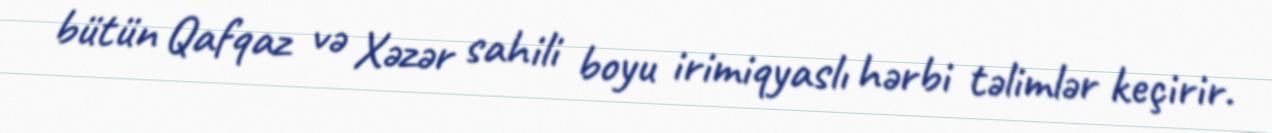
bütün Qafqaz və Xəzər sahili boyu irimiqyaslı hərbi təlimlər keçirir.